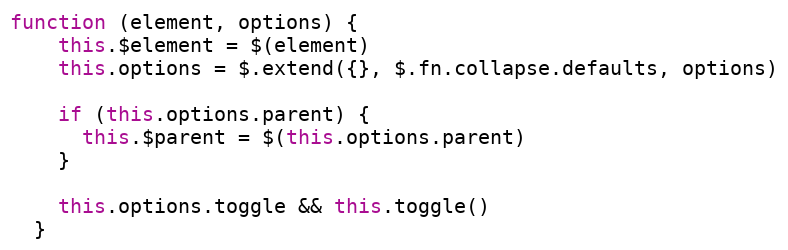
Language: JavaScript
function (element, options) {
    this.$element = $(element)
    this.options = $.extend({}, $.fn.collapse.defaults, options)

    if (this.options.parent) {
      this.$parent = $(this.options.parent)
    }

    this.options.toggle && this.toggle()
  }